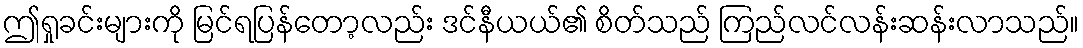
ဤရှုခင်းများကို မြင်ရပြန်တော့လည်း ဒင်နီယယ်၏ စိတ်သည် ကြည်လင်လန်းဆန်းလာသည်။